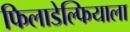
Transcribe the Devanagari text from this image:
फिलाडेल्फियाला